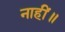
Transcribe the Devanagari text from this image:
नाहीं॥